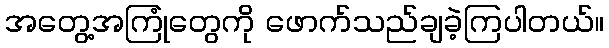
အတွေ့အကြုံတွေကို ဖောက်သည်ချခဲ့ကြပါတယ်။